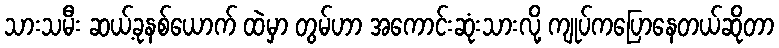
သားသမီး ဆယ့်ခုနစ်ယောက် ထဲမှာ တွမ်ဟာ အကောင်းဆုံးသားလို့ ကျုပ်ကပြောနေတယ်ဆိုတာ